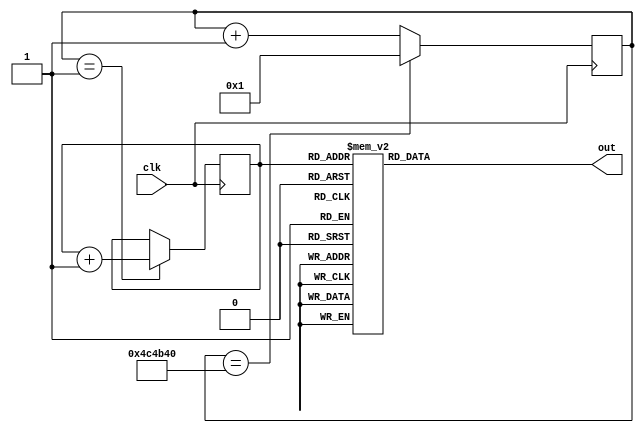
module FSM_Mario (clk, out);
	input clk;
	output[4:0] out;

reg[24:0] counter;
reg[24:0] clkDivider = 5000000;

always @(posedge clk)
	if(counter == clkDivider)
		counter <= 1;
	else counter <= counter + 1;

reg[6:0] state;

always @(posedge clk)
	if(counter == 1)
		state <= state + 1;

reg[4:0] out;

always @(state)
	case(state)
		0: out = 25;
		1: out = 25;
		2: out = 25;
		3: out = 25;
		4: out = 18;
		5: out = 18;
		6: out = 18;
		7: out = 18;
		8: out = 10;
		9: out = 13;
		10: out = 13;
		11: out = 18;
		12: out = 18;
		13: out = 13;
		14: out = 13;
		15: out = 13;
		16: out = 25;
		17: out = 25;
		18: out = 25;
		19: out = 25;
		20: out = 25;
		21: out = 25;
		22: out = 10;
		23: out = 25;
		24: out = 10;
		25: out = 13;
		26: out = 13;
		27: out = 22;
		28: out = 22;
		29: out = 22;
		30: out = 18;
		31: out = 18;
		32: out = 25;
		33: out = 25;
		34: out = 25;
		35: out = 25;
		36: out = 25;
		37: out = 25;
		38: out = 18;
		39: out = 18;
		40: out = 22;
		41: out = 22;
		42: out = 23;
		43: out = 23;
		44: out = 22;
		45: out = 22;
		46: out = 18;
		47: out = 18;
		48: out = 25;
		49: out = 25;
		50: out = 25;
		51: out = 25;
		52: out = 25;
		53: out = 25;
		54: out = 18;
		55: out = 18;
		56: out = 22;
		57: out = 22;
		58: out = 20;
		59: out = 25;
		60: out = 20;
		61: out = 20;
		62: out = 18;
		63: out = 18;
		64: out = 18;
		65: out = 18;
		66: out = 18;
		67: out = 25;
		68: out = 18;
		69: out = 18;
		70: out = 18;
		71: out = 18;
		72: out = 10;
		73: out = 10;
		74: out = 13;
		75: out = 18;
		76: out = 18;
		77: out = 13;
		78: out = 13;
		79: out = 13;
		80: out = 25;
		81: out = 25;
		82: out = 25;
		83: out = 25;
		84: out = 25;
		85: out = 25;
		86: out = 25;
		87: out = 25;
		88: out = 10;
		89: out = 10;
		90: out = 13;
		91: out = 13;
		92: out = 22;
		93: out = 22;
		94: out = 22;
		95: out = 22;
		96: out = 22;
		97: out = 22;
		98: out = 18;
		99: out = 18;
		100: out = 25;
		101: out = 25;
		102: out = 18;
		103: out = 18;
		104: out = 22;
		105: out = 22;
		106: out = 23;
		107: out = 23;
		108: out = 22;
		109: out = 22;
		110: out = 18;
		111: out = 18;
		112: out = 18;
		113: out = 18;
		114: out = 18;
		115: out = 18;
		116: out = 25;
		117: out = 25;
		118: out = 18;
		119: out = 18;
		120: out = 22;
		121: out = 22;
		122: out = 20;
		123: out = 25;
		124: out = 20;
		125: out = 20;
		126: out = 18;
		127: out = 18;
		default: out = 25;
	endcase

endmodule